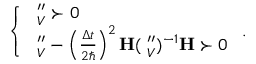
\left\{ \begin{array} { l l } { \mathbf \Lambda _ { V } ^ { \prime \prime } \succ 0 } \\ { \mathbf \Lambda _ { V } ^ { \prime \prime } - \left( \frac { \Delta t } { 2 \hbar } \right) ^ { 2 } \mathbf H ( \mathbf \Lambda _ { V } ^ { \prime \prime } ) ^ { - 1 } \mathbf H \succ 0 } \end{array} \right. .